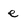
Character: e